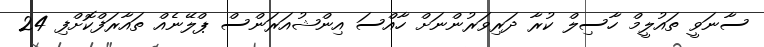
ސާނަވީ ތައުލީމް ހާސިލް ކުރާ ދަރިވަރުންނަށް ހާއްސަ އިންޝުއަރަންސް ޕްލޭނެއް ތައާރަފްކޮށްފި 24